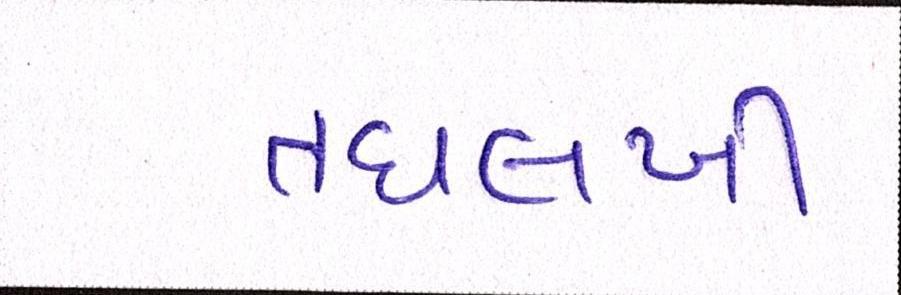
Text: તઘલખી